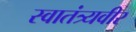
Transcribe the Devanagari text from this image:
स्‍वातंत्र्यवीर